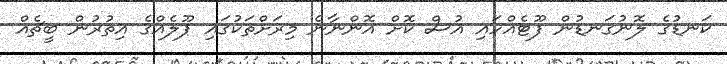
ކަނޑުގެ ލޮނުގަނޑުން ފޫޓެއްހައި އުސް ކޮށް އޮންނާނެ މިރަށްތަކުގައި ޕޫލެއްގެ އިތުރުން ބީޗެއް